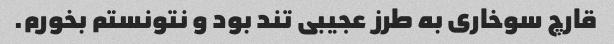
قارچ سوخاری به طرز عجیبی تند بود و نتونستم بخورم.